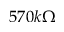
5 7 0 k \Omega